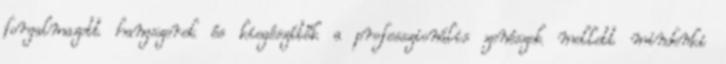
forgalmazott hangszerek és kiegészítők a professzionális zenészek mellett mindenki